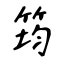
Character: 筠